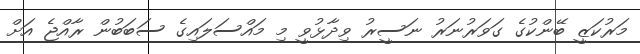
މަރުކަޒީ ބޭންކުގެ ގަވަރުނަރު ނަސީރު ވިދާޅުވީ މި މައްސަލައިގެ ސަބަބުން ރާއްޖެ އަށް